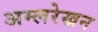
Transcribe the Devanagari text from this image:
अम्लरेखन